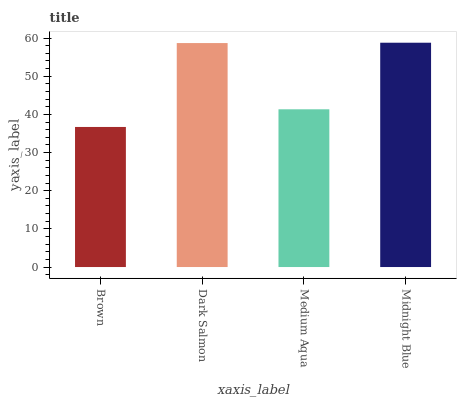
| xaxis_label | bars |
 | --- | --- |
 | Brown | 36.7 |
 | Dark Salmon | 58.7 |
 | Medium Aqua | 41.3 |
 | Midnight Blue | 58.8 |